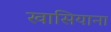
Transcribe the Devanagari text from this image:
खासियाना